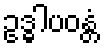
ဥဒ္ဓါပဝန္တံ